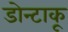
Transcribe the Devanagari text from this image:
डोन्टाकू